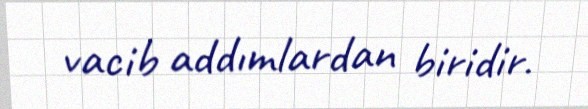
vacib addımlardan biridir.